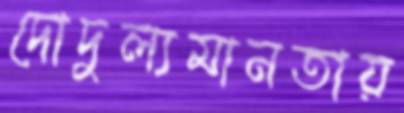
দোদুল্যমানতায়